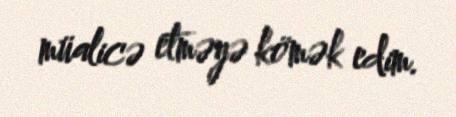
müalicə etməyə kömək edim.